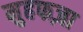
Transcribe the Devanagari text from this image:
मुहफज़ा